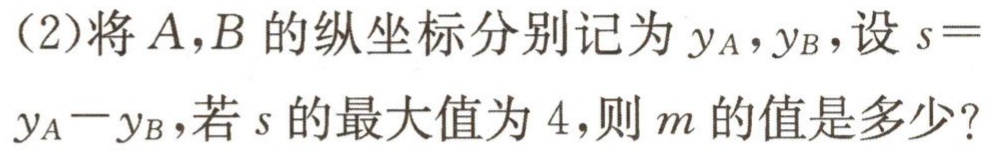
(2)将$A,B$的纵坐标分别记为$y_{A},y_{B}$,设$s = y_{A}-y_{B}$,若$s$的最大值为$4$,则$m$的值是多少?